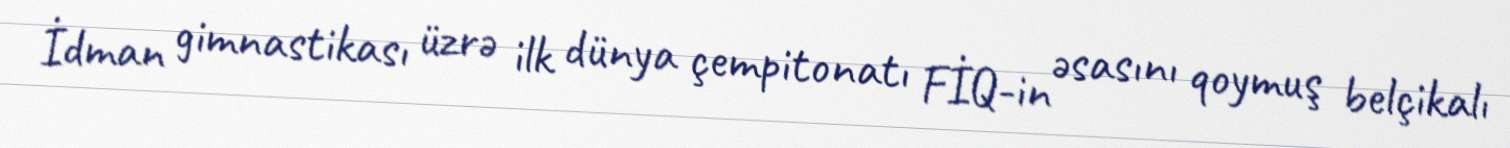
İdman gimnastikası üzrə ilk dünya çempitonatı FİQ-in əsasını qoymuş belçikalı